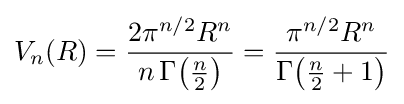
V_{n}(R)={\frac {2\pi ^{n/2}R^{n}}{n\,\Gamma {\bigl (}{\tfrac {n}{2}}{\bigr )}}}={\frac {\pi ^{n/2}R^{n}}{\Gamma {\bigl (}{\tfrac {n}{2}}+1{\bigr )}}}